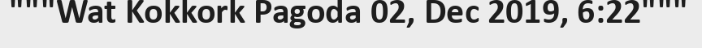
"""Wat Kokkork Pagoda 02, Dec 2019, 6:22"""